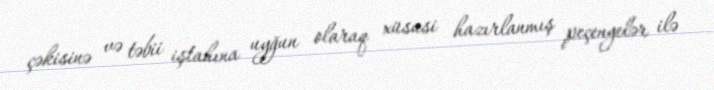
çəkisinə və təbii iştahına uyğun olaraq xüsusi hazırlanmış peçenyelər ilə